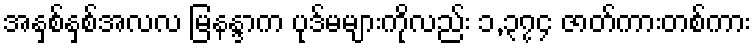
အနှစ်နှစ်အလလ မြနန္ဒာက ပုဒ်မများကိုလည်း ၁,၃၇၄ ဇာတ်ကားတစ်ကား